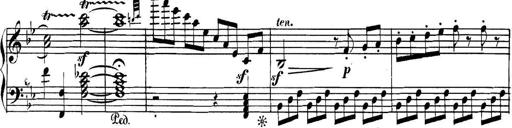
Title: Collected Piano Sonatas
Composer: Muzio Clementi